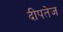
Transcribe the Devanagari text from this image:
दीपतेज